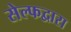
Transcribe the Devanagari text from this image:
सेल्फद्वारा